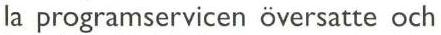
la programservicen översatte och